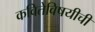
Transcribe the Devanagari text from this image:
कवितेविषयीची